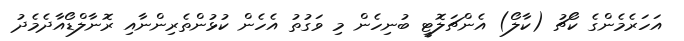
އަހަރެމެންގެ ކޯޗު (ކާލޯ) އެންޗަލޮޓީ ބުނިހެން މި ވަގުތު އެހެން ކުޅުންތެރިންނާއި ރޮނާލްޑޯއާދެމެދު